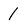
Character: 1